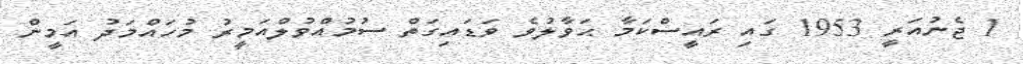
1 ޖެނުއަރީ 1953 ގައި ރައީސްކަމާ ޙަވާލުވެ ވަޑައިގަތް ސުމުއްވުލްއަމީރު މުހައްމަދު އަމީން